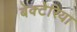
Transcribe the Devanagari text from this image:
बेक्टेरिया